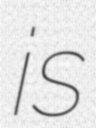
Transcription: is